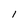
Character: l